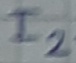
Text: I2